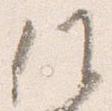
候